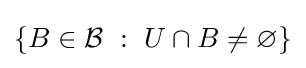
\left\{B\in {\mathcal {B}}~:~U\cap B\neq \varnothing \right\}